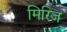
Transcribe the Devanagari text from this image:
मिरिज